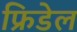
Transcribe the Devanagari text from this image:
फ्रिडेल